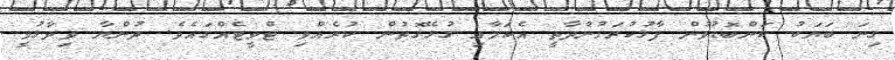
ގިނަ ބަޔަކު ކަންބޮޑުވުން ފާޅުކުރަމުންދާތީ އެކަމާއި ގުޅޭގޮތުން ކުރެއްވި ޓްވީޓެއްގައެވެ. ދުންޔާ ވިދާޅުވީ